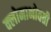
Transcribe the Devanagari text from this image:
क्लोमाभोवती